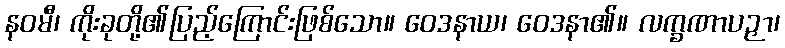
နဝမီ၊ ကိုးခုတို့၏ပြည့်ကြောင်းဖြစ်သော။ ဝေဒနာယ၊ ဝေဒနာ၏။ လက္ခဏာပဉှာ၊